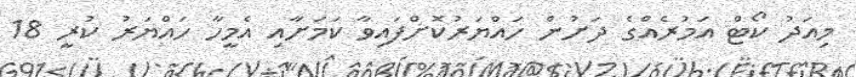
މިއަދު ކޯޓް އަމުރެއްގެ ދަށުން ހައްޔަރުކޮށްފައިވާ ކަމަށާއި އެމީހާ ހައްޔަރު ކުރީ 18